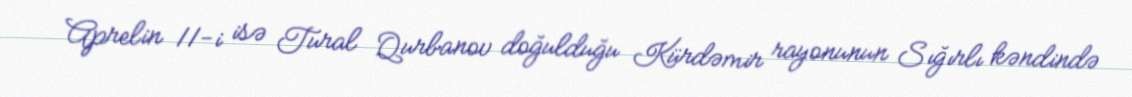
Aprelin 11-i isə Tural Qurbanov doğulduğu Kürdəmir rayonunun Sığırlı kəndində